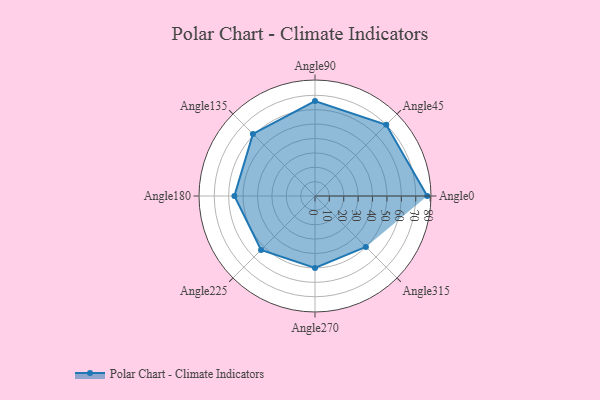
{"axis": {"x": "Angle", "y": "Radius"}, "legend": [""], "data": [{"x": "Angle0", "y": 78.0, "type": ""}, {"x": "Angle45", "y": 70.0, "type": ""}, {"x": "Angle90", "y": 66.0, "type": ""}, {"x": "Angle135", "y": 61.0, "type": ""}, {"x": "Angle180", "y": 56.0, "type": ""}, {"x": "Angle225", "y": 53.0, "type": ""}, {"x": "Angle270", "y": 50, "type": ""}, {"x": "Angle315", "y": 50, "type": ""}]}